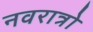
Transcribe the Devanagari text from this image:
नवरात्रो